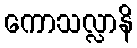
ကောသလ္လာနိ